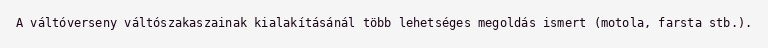
A váltóverseny váltószakaszainak kialakításánál több lehetséges megoldás ismert (motola, farsta stb.).